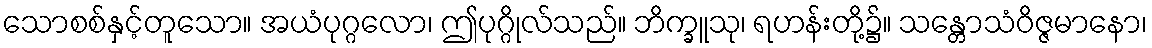
သောစစ်နှင့်တူသော။ အယံပုဂ္ဂလော၊ ဤပုဂ္ဂိုလ်သည်။ ဘိက္ခူသု၊ ရဟန်းတို့၌။ သန္တောသံဝိဇ္ဇမာနော၊